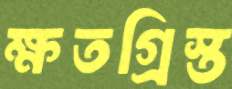
ক্ষতগ্রিস্ত